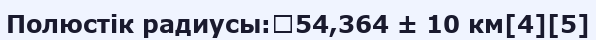
Полюстік радиусы:	54,364 ± 10 км[4][5]